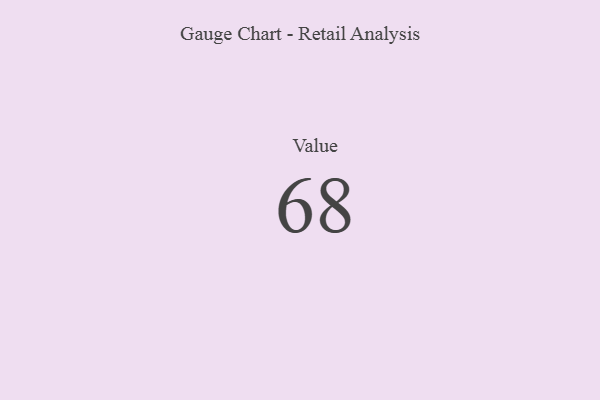
{"axis": {"x": "Metric", "y": "Value"}, "legend": [""], "data": [{"x": "Value", "y": 68, "type": ""}]}